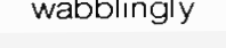
wabblingly